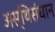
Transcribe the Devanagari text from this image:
अस्थिसंधान